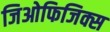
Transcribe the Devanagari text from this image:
जिओफिजिक्स